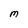
Character: M